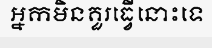
អ្នកមិនគួរធ្វើនោះទេ